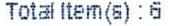
TOTAL LTEM(S) : 6